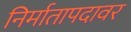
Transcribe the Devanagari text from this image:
निर्मातापदावर